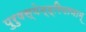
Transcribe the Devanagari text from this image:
पुरुषस्येन्द्रियाणाम्